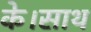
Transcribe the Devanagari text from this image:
के।साथ